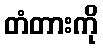
တံတားကို